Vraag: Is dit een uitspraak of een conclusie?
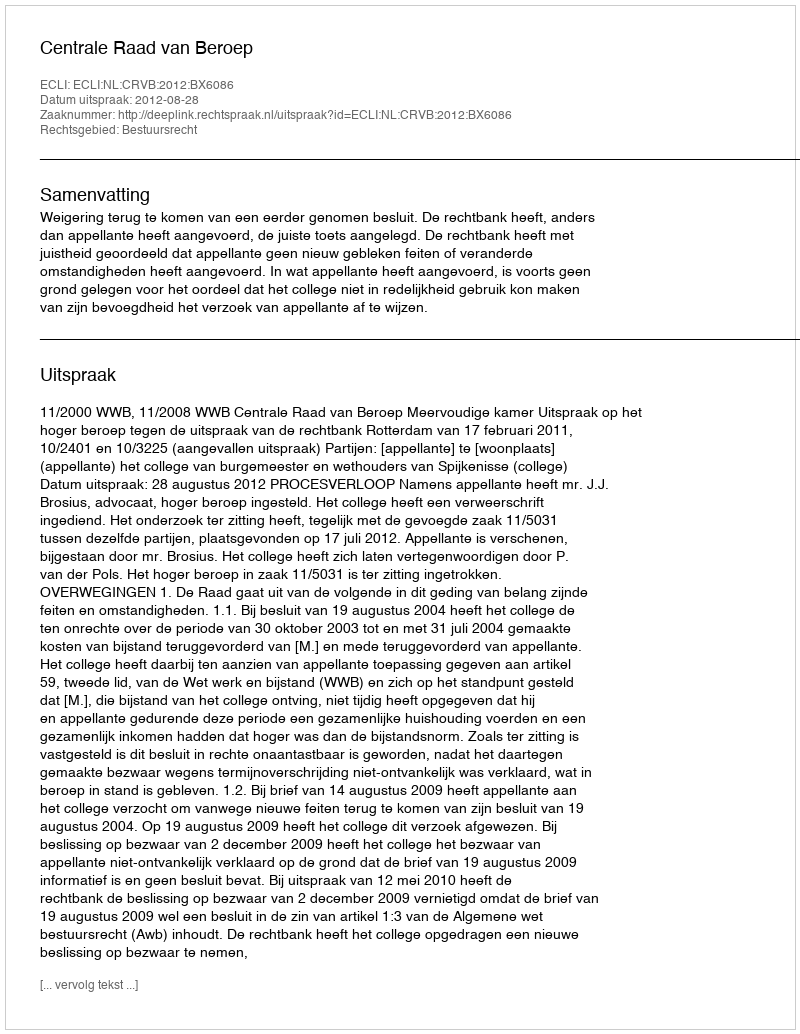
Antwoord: Uitspraak